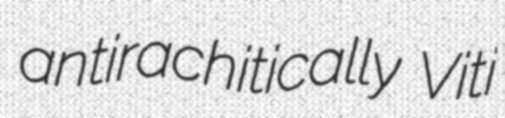
antirachitically Viti